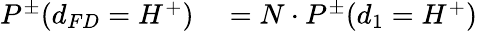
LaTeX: \begin{array}{rl}{P^{\pm}(d_{FD}=H^{+})}&{{}=N\cdot P^{\pm}(d_{1}=H^{+})}\end{array}